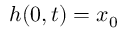
h ( 0 , t ) = x _ { 0 }